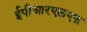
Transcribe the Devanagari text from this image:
ईपीआरएलएफ